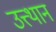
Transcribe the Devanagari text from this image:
उत्त्थान